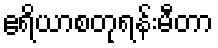
ဧရိယာစတုရန်းမီတာ